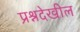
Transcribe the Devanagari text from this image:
प्रश्नदेखील